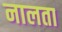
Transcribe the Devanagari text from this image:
नालता